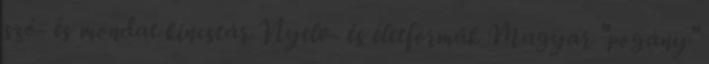
szó- és mondat kincstár Nyelv- és életformák Magyar "pogány"